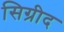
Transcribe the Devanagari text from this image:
सिग्रीद